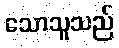
သောသူသည်